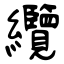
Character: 纜